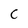
Character: C